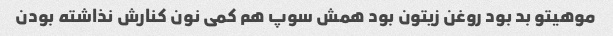
موهیتو بد بود روغن زیتون بود همش سوپ هم کمی نون کنارش نذاشته بودن